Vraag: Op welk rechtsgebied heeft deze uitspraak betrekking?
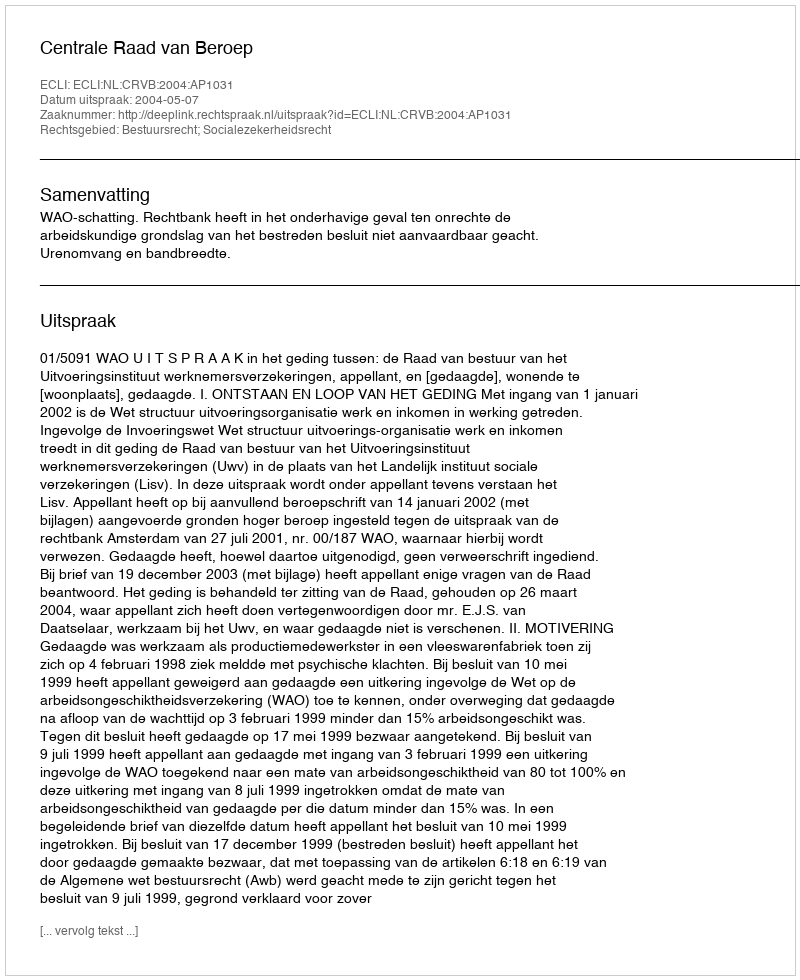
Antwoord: Bestuursrecht; Socialezekerheidsrecht